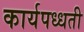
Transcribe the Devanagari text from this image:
कार्यपध्धती